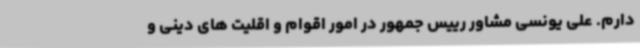
دارم. علی یونسی مشاور رییس جمهور در امور اقوام و اقلیت های دینی و